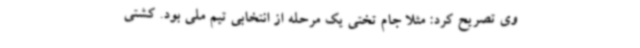
وی تصریح کرد: مثلا جام تختی یک مرحله از انتخابی تیم ملی بود. کشتی